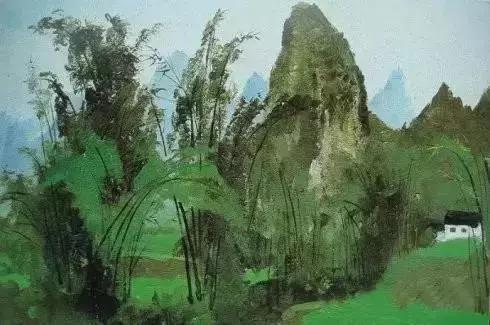
山际见来烟，竹中窥落日。